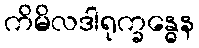
ကိမိလဒါရုက္ခန္ဓေန